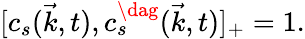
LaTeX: [c_{s}(\vec{k},t),c_{s}^{\dag}(\vec{k},t)]_{+}=1.